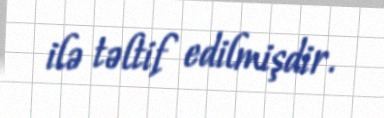
ilə təltif edilmişdir.